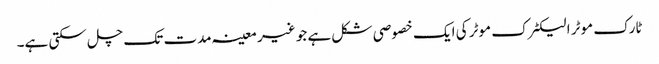
ٹارک موٹر الیکٹرک موٹر کی ایک خصوصی شکل ہے جو غیر معینہ مدت تک چل سکتی ہے۔